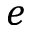
e